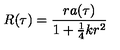
R ( \tau ) = \frac { r a ( \tau ) } { 1 + \mathrm { \frac { 1 } { 4 } } k r ^ { 2 } }